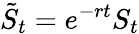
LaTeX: {\tilde{S}}_{t}=e^{-rt}S_{t}